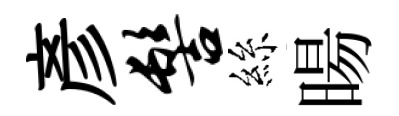
彥髻絲暘